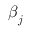
\boldsymbol { \beta } _ { \boldsymbol { j } }